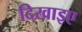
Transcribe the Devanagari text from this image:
दिखाइए